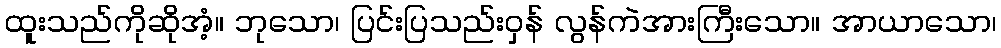
ထူးသည်ကိုဆိုအံ့။ ဘုသော၊ ပြင်းပြသည်းဝှန် လွန်ကဲအားကြီးသော။ အာယာသော၊